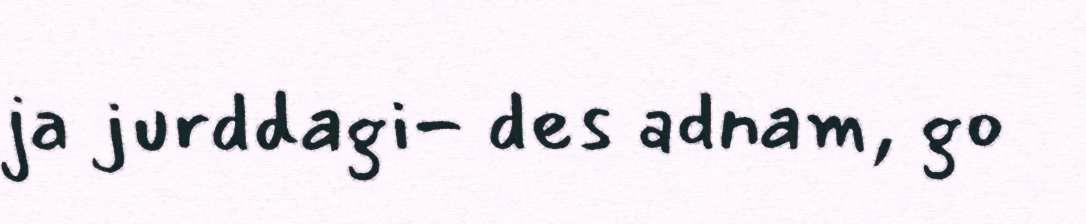
ja jurddagi- des adnam, go